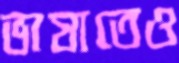
ভাষাতেও